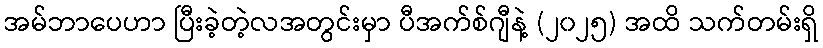
အမ်ဘာပေဟာ ပြီးခဲ့တဲ့လအတွင်းမှာ ပီအက်စ်ဂျီနဲ့ (၂၀၂၅) အထိ သက်တမ်းရှိ